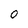
Character: O